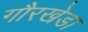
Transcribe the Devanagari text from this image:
गौरखेडा